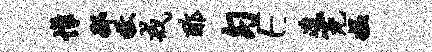
帷邳牧戒酢匀E造霓媪